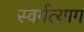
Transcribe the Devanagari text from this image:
स्वर्गत्याग